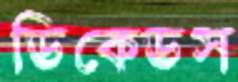
ডিকেডস